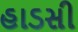
હાડસી